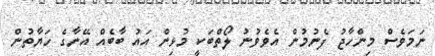
ނަމަވެސް މިންހާޖު ފެނުމުން އެވެވުނު ލޯތްބަކީ މުޅިން އައު ބާބެއް އޭނާގެ ހަޔާތުން